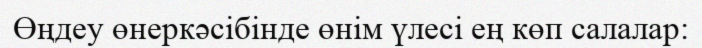
Өңдеу өнеркәсібінде өнім үлесі ең көп салалар: